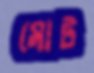
মোট